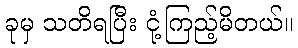
ခုမှ သတိရပြီး ငုံ့ကြည့်မိတယ်။